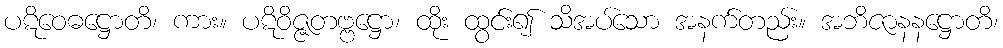
ပဋိဝေဓဋ္ဌောတိ၊ ကား။ ပဋိဝိဇ္ဇတဗ္ဗဋ္ဌော၊ ထိုး ထွင်း၍ သိအပ်သော အနက်တည်း။ အဘိဇာနနဋ္ဌောတိ၊